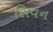
સિવન